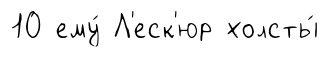
10 ему́ Л'еск'юр холсты́